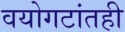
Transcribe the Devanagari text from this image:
वयोगटांतही